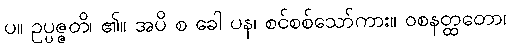
ပ။ ဥပ္ပဇ္ဇတိ၊ ၏။ အပိ စ ခေါ ပန၊ စင်စစ်သော်ကား။ ဝစနတ္ထတော၊